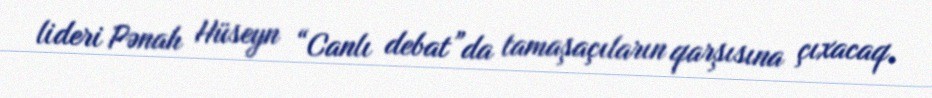
lideri Pənah Hüseyn “Canlı debat”da tamaşaçıların qarşısına çıxacaq.